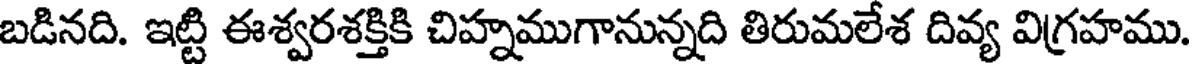
బడినది. ఇట్టి ఈశ్వరశక్తికి చిహ్నముగానున్నది తిరుమలేశ దివ్య విగ్రహము.